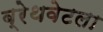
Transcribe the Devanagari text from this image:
ब्रेथवेटला